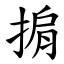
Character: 掮